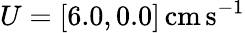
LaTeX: U=[6.0,0.0]\, \mathrm{cm\, s^{-1}}